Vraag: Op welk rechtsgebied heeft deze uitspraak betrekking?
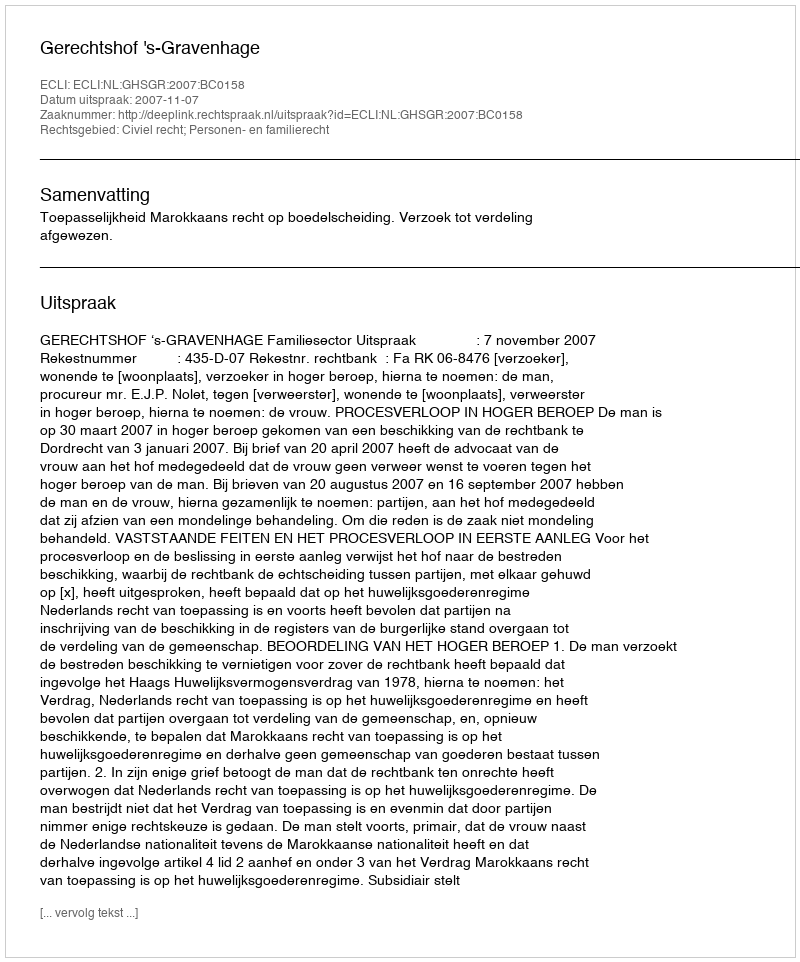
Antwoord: Civiel recht; Personen- en familierecht